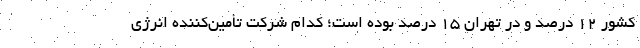
کشور ۱۲ درصد و در تهران ۱۵ درصد بوده است؛ کدام شرکت تأمین‌کننده انرژی